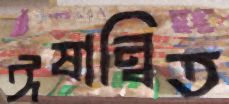
ঈষান্বিত